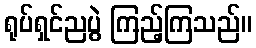
ရုပ်ရှင်ညပွဲ ကြည့်ကြသည်။